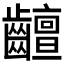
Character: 𪙵